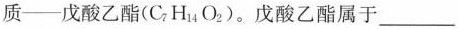
质——戊酸乙酯(C_{7} H_{14} O_{2})。戊酸乙酯属于___